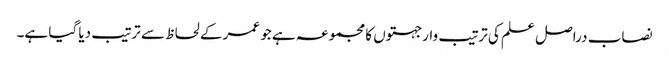
نصاب دراصل علم کی ترتیب وار جہتوں کا مجموعہ ہے جو عمر کے لحاظ سے ترتیب دیا گیا ہے۔